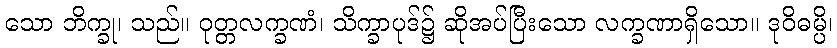
သော ဘိက္ခု၊ သည်။ ဝုတ္တလက္ခဏံ၊ သိက္ခာပုဒ်၌ ဆိုအပ်ပြီးသော လက္ခဏာရှိသော။ ဒုဝိဓမ္ပိ၊